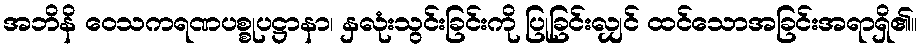
အဘိနိ ဝေသကရဏပစ္စုပဋ္ဌာနာ၊ နှလုံးသွင်းခြင်းကို ပြုခြင်းလျှင် ထင်သောအခြင်းအရာရှိ၏။